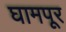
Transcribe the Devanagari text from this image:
घामपूर